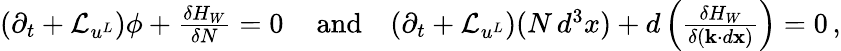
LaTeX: \begin{array}{r}{(\partial_{t}+\mathcal{L}_{u^{L}})\phi+\frac{\delta H_{W}}{\delta N}=0\, \quad\mathrm{and}\quad(\partial_{t}+\mathcal{L}_{u^{L}})(N\, d^{3}x)+d\left(\frac{\delta H_{W}}{\delta({\mathbf{k}}\cdot d{\mathbf{x}})}\right)=0\, ,}\end{array}